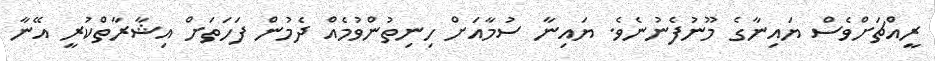
ރީއްޗަށްވެސް ޔައިނާގެ މޫނުފެނުނެވެ. ޔައިނާ ސުމާއަށް ހިނިތުންވުމެއް ދެމުން ފަހަތަށް އިޝާރާތްކުރީ އޭނާ